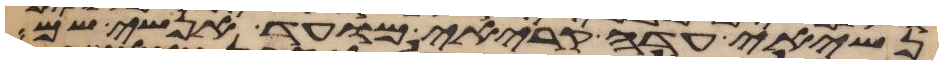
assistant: נשיאי עדה קריאי מועד אנשי שם